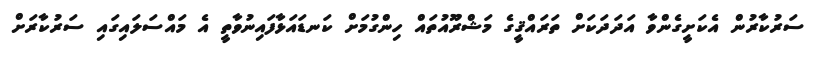
ސަރުކާރުން އެކަށީގެންވާ އަދަދަކަށް ތަރައްޤީގެ މަޝްރޫއުތައް ހިންގުމަށް ކަނޑައަޅާފައިނުވާތީ އެ މައްސަލައިގައި ސަރުކާރަށް